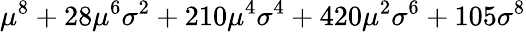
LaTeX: \mu^{8}+28\mu^{6}\sigma^{2}+210\mu^{4}\sigma^{4}+420\mu^{2}\sigma^{6}+105\sigma^{8}